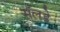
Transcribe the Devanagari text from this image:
सॅलडे